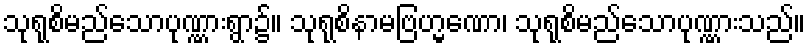
သုရုစိမည်သောပုဏ္ဏားရွာ၌။ သုရုစိနာမဗြဟ္မဏော၊ သုရုစိမည်သောပုဏ္ဏားသည်။